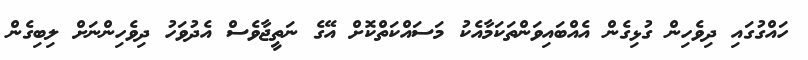
ހައްގުގައި ދިވެހިން ގުޅިގެން އެއްބައިވަންތަކަމާއެކު މަސައްކަތްކޮށް އޭގެ ނަތީޖާވެސް އެދުވަހު ދިވެހިންނަށް ލިބިގެން